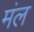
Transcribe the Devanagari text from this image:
मंल